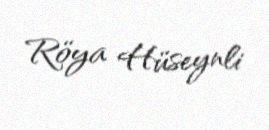
Röya Hüseynli